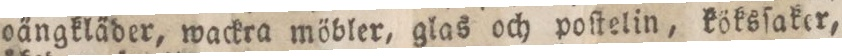
oängkläder, wackra möbler, glas och poſtelin, köksſaker,